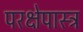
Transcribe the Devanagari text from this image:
परक्षेपास्त्र